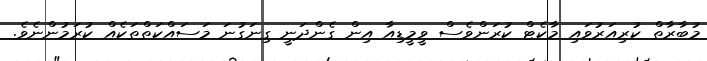
މުބާރާތް ކުރިއަރުވައި މާކެޓް ކުރަންވެސް ވީމީޑިއާ އިން ގެންދަނީ ގިނަގުނަ މަސައްކަތްތަކެއް ކުރަމުންނެވެ.